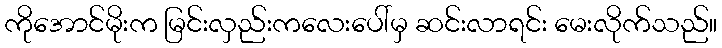
ကိုအောင်မိုးက မြင်းလှည်းကလေးပေါ်မှ ဆင်းလာရင်း မေးလိုက်သည်။